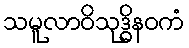
သမူလာဝိသုဒ္ဓိနဝကံ